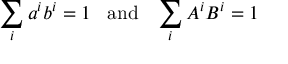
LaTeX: \sum _ { i } a ^ { i } b ^ { i } = 1 \; \; \; \mathrm { a n d } \; \; \; \sum _ { i } A ^ { i } B ^ { i } = 1